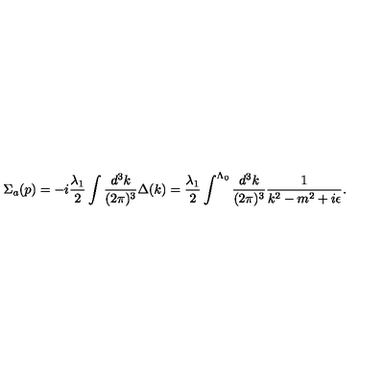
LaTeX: \Sigma _ { a } ( p ) = - i \frac { \lambda _ { 1 } } { 2 } \int \frac { d ^ { 3 } k } { ( 2 \pi ) ^ { 3 } } \Delta ( k ) = \frac { \lambda _ { 1 } } { 2 } \int ^ { \Lambda _ { 0 } } \frac { d ^ { 3 } k } { ( 2 \pi ) ^ { 3 } } \frac { 1 } { k ^ { 2 } - m ^ { 2 } + i \epsilon } .